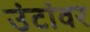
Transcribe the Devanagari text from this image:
उंटांवर